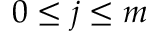
0 \leq j \leq m